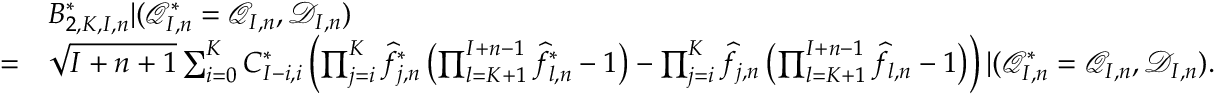
\begin{array} { r l } & { B _ { 2 , K , I , n } ^ { * } | ( \mathcal { Q } _ { I , n } ^ { * } = \mathcal { Q } _ { I , n } , \mathcal { D } _ { I , n } ) } \\ { = } & { \sqrt { I + n + 1 } \sum _ { i = 0 } ^ { K } C _ { I - i , i } ^ { * } \left( \prod _ { j = i } ^ { K } \widehat { f } _ { j , n } ^ { * } \left( \prod _ { l = K + 1 } ^ { I + n - 1 } \widehat { f } _ { l , n } ^ { * } - 1 \right) - \prod _ { j = i } ^ { K } \widehat { f } _ { j , n } \left( \prod _ { l = K + 1 } ^ { I + n - 1 } \widehat f _ { l , n } - 1 \right) \right) | ( \mathcal { Q } _ { I , n } ^ { * } = \mathcal { Q } _ { I , n } , \mathcal { D } _ { I , n } ) . } \end{array}